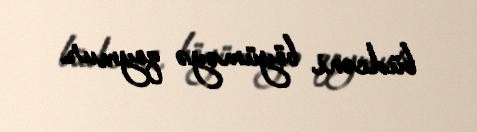
büdcəni böyüməyə qoymur.